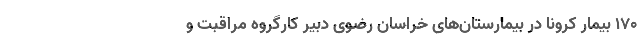
۱۷۰ بیمار کرونا در بیمارستان‌های خراسان رضوی دبیر کارگروه مراقبت و